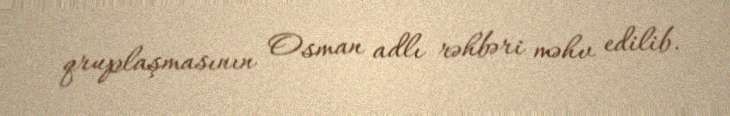
qruplaşmasının Osman adlı rəhbəri məhv edilib.